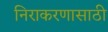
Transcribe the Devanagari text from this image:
निराकरणासाठी